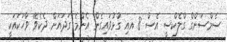
ސެމްސަންގް ގްލެކްސީ އެސް 8 އއި ގުޅުވައިގެން އެންމެ ގަދައަށް ދެކެވޭ ވާހަކައަކީ